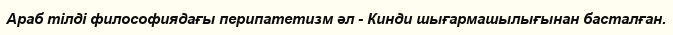
Араб тілді философиядағы перипатетизм әл - Кинди шығармашылығынан басталған.